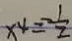
x ^ { 4 } = \frac { 1 } { 2 }